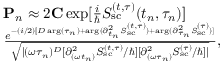
\begin{array} { r l } & { { \bf P } _ { n } \approx 2 { \bf C } \exp [ { \frac { i } { \hbar } S _ { \mathrm { s c } } ^ { ( t , \tau ) } ( t _ { n } , \tau _ { n } ) } ] } \\ & { \frac { e ^ { - ( i / 2 ) [ D \arg ( \tau _ { n } ) + \arg ( { \partial _ { t _ { n } } ^ { 2 } S _ { \mathrm { s c } } ^ { ( t , \tau ) } } ) + \arg ( { \partial _ { \tau _ { n } } ^ { 2 } S _ { \mathrm { s c } } ^ { ( \tau ) } } ) ] } } { \sqrt { | ( \omega \tau _ { n } ) ^ { D } [ { \partial _ { ( \omega t _ { n } ) } ^ { 2 } S _ { \mathrm { s c } } ^ { ( t , \tau ) } } / \hbar ] [ { \partial _ { ( \omega \tau _ { n } ) } ^ { 2 } S _ { \mathrm { s c } } ^ { ( \tau ) } } / \hbar ] | } } , } \end{array}